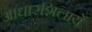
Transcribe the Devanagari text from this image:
आधारशिलायें